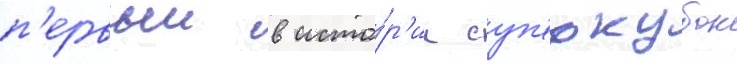
п'ервыи в исто́р'ии суп'еркубок